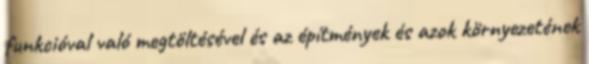
funkcióval való megtöltésével és az építmények és azok környezetének